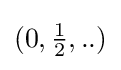
(0,{\tfrac {1}{2}},..)